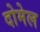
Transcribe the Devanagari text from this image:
दोमेल